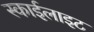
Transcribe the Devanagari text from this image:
स्‍काईलाइट